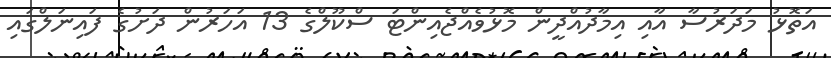
އަތޮޅު މަދަރުސާ އާއި އިމާދުއްދީން މޮޅުވެއްޖެއިންޓަ ސްކޫލްގެ 13 އަހަރުން ދަށުގެ ފައިނަލްގައި